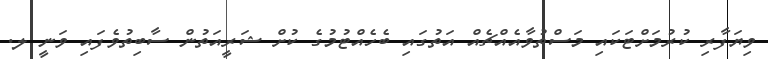
ވިޔަފާރި ކުރުމަށްޓަކައި މަސްތުވާއެއްޗެއް އަތުގައި ބެހެއްޓުމުގެ ކުށް ޝަރީއަތުން ސާބިތުވެފައި ވަނީ ލ.